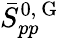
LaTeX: \bar{S}_{pp}^{0,\mathrm{~G~}}